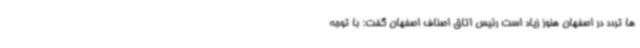
ها تردد در اصفهان هنوز زیاد است رئیس اتاق اصناف اصفهان گفت: با توجه